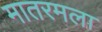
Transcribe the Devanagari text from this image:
मातरमला